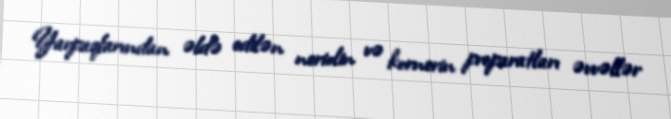
Yarpaqlarından əldə edilən neriolin və kornerin preparatları əvvəllər